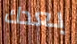
بعدك